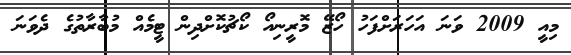
މިއީ 2009 ވަނަ އަހަރަށްފަހު ހޯޒޭ މޮރީނިއޯ ކޯޗުކޮށްދިން ޓީމެއް މުބާރާތުގެ ދެވަނަ